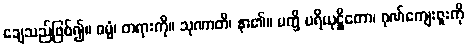
ချေသည်ဖြစ်၍။ ဓမ္မံ၊ တရားကို။ သုဏာတိ၊ နာ၏။ မက္ခိ ပရိယုဋ္ဌိတော၊ ဂုဏ်ကျေးဇူးကို